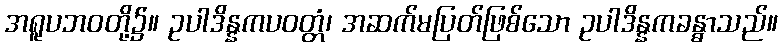
အရူပဘဝတို့၌။ ဥပါဒိန္နကပဝတ္တံ၊ အဆက်မပြတ်ဖြစ်သော ဥပါဒိန္နကခန္ဓာသည်။